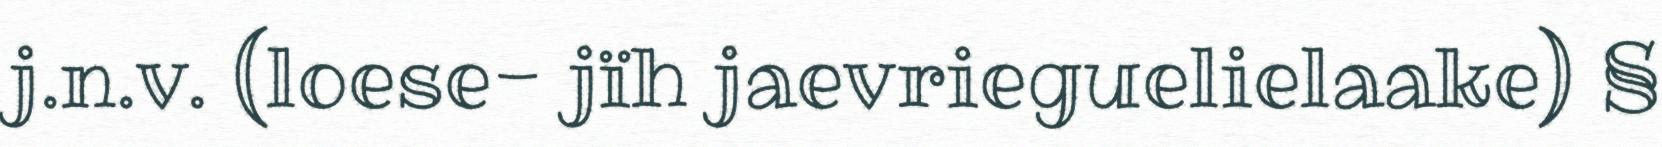
j.n.v. (loese- jïh jaevrieguelielaake) §